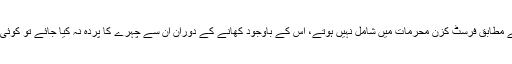
اس آیت کے مطابق فرسٹ کزن محرمات میں شامل نہیں ہوتے، اس کے باوجود کھانے کے دوران ان سے چہرے کا پردہ نہ کیا جائے تو کوئی حرج نہیں۔